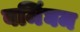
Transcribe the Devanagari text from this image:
बमिंघम